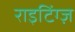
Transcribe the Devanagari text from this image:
राइटिंग्ज़